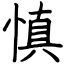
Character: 慎